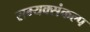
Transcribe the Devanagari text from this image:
सम्यक्संकल्प